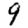
Digit: 9